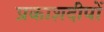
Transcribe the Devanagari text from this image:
प्रकाशदीपों